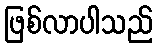
ဖြစ်လာပါသည်